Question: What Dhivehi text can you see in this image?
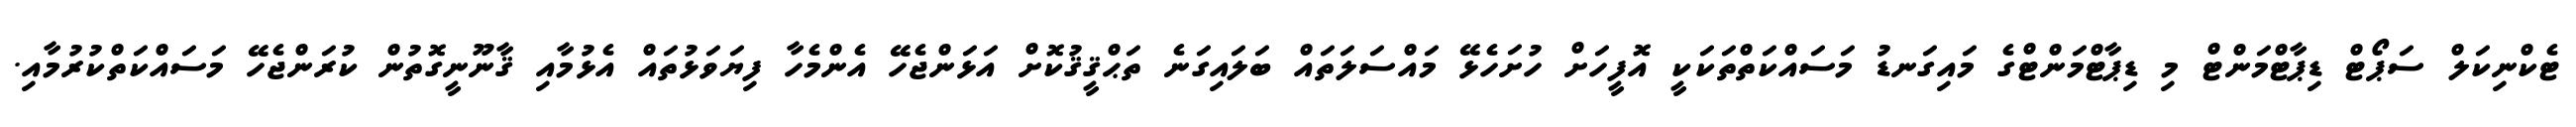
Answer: ޓެކްނިކަލް ސަޕޯޓް ޑިޕާޓްމަންޓް މި ޑިޕާޓްމަންޓްގެ މައިގަނޑު މަސައްކަތްތަކަކީ އޮފީހަށް ހުށަހެޅޭ މައްސަލަތައް ބަލައިގަނެ ތަޙްޤީޤުކޮށް އަޅަންޖެހޭ އެންމެހާ ފިޔަވަޅުތައް އެޅުމާއި ޤާނޫނީގޮތުން ކުރަންޖެހޭ މަސައްކަތްކުރުމާއި.